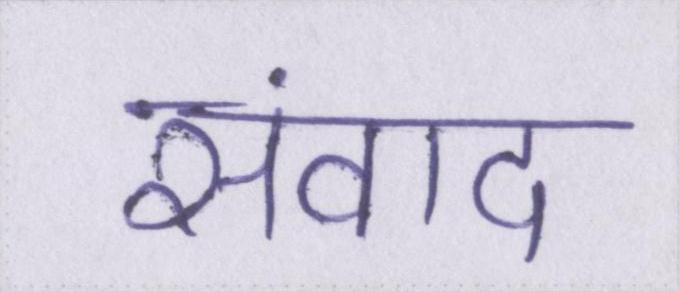
संवाद